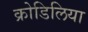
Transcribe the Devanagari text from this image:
क्रोडिलिया